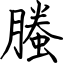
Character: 螣